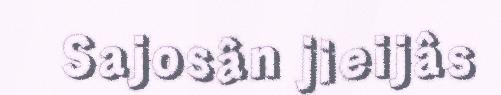
Sajosân jieijâs